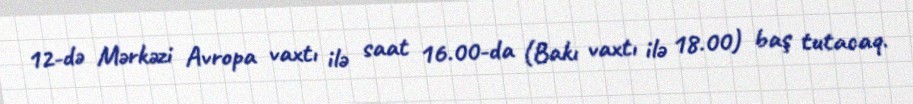
12-də Mərkəzi Avropa vaxtı ilə saat 16.00-da (Bakı vaxtı ilə 18.00) baş tutacaq.